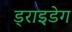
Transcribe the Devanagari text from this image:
ड्राइडेग